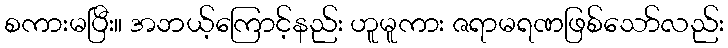
စကားမပြီး။ အဘယ့်ကြောင့်နည်း ဟူမူကား ဇရာမရဏဖြစ်သော်လည်း